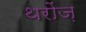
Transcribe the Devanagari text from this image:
थरोंज़